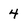
Character: 4